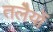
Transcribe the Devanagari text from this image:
तलेैयों